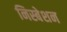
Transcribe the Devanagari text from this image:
निस्बेशन